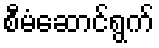
စီမံဆောင်ရွက်